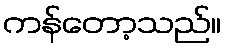
ကန်တော့သည်။